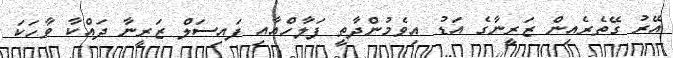
އޭރު ގޭތެރެއިން ޒަރީނާގެ އަޑު އިވެމުންދާތީ ފަލާހްއާއި ފައިސަލް ޒަރީނާ ދައްކާ ވާހަކަ